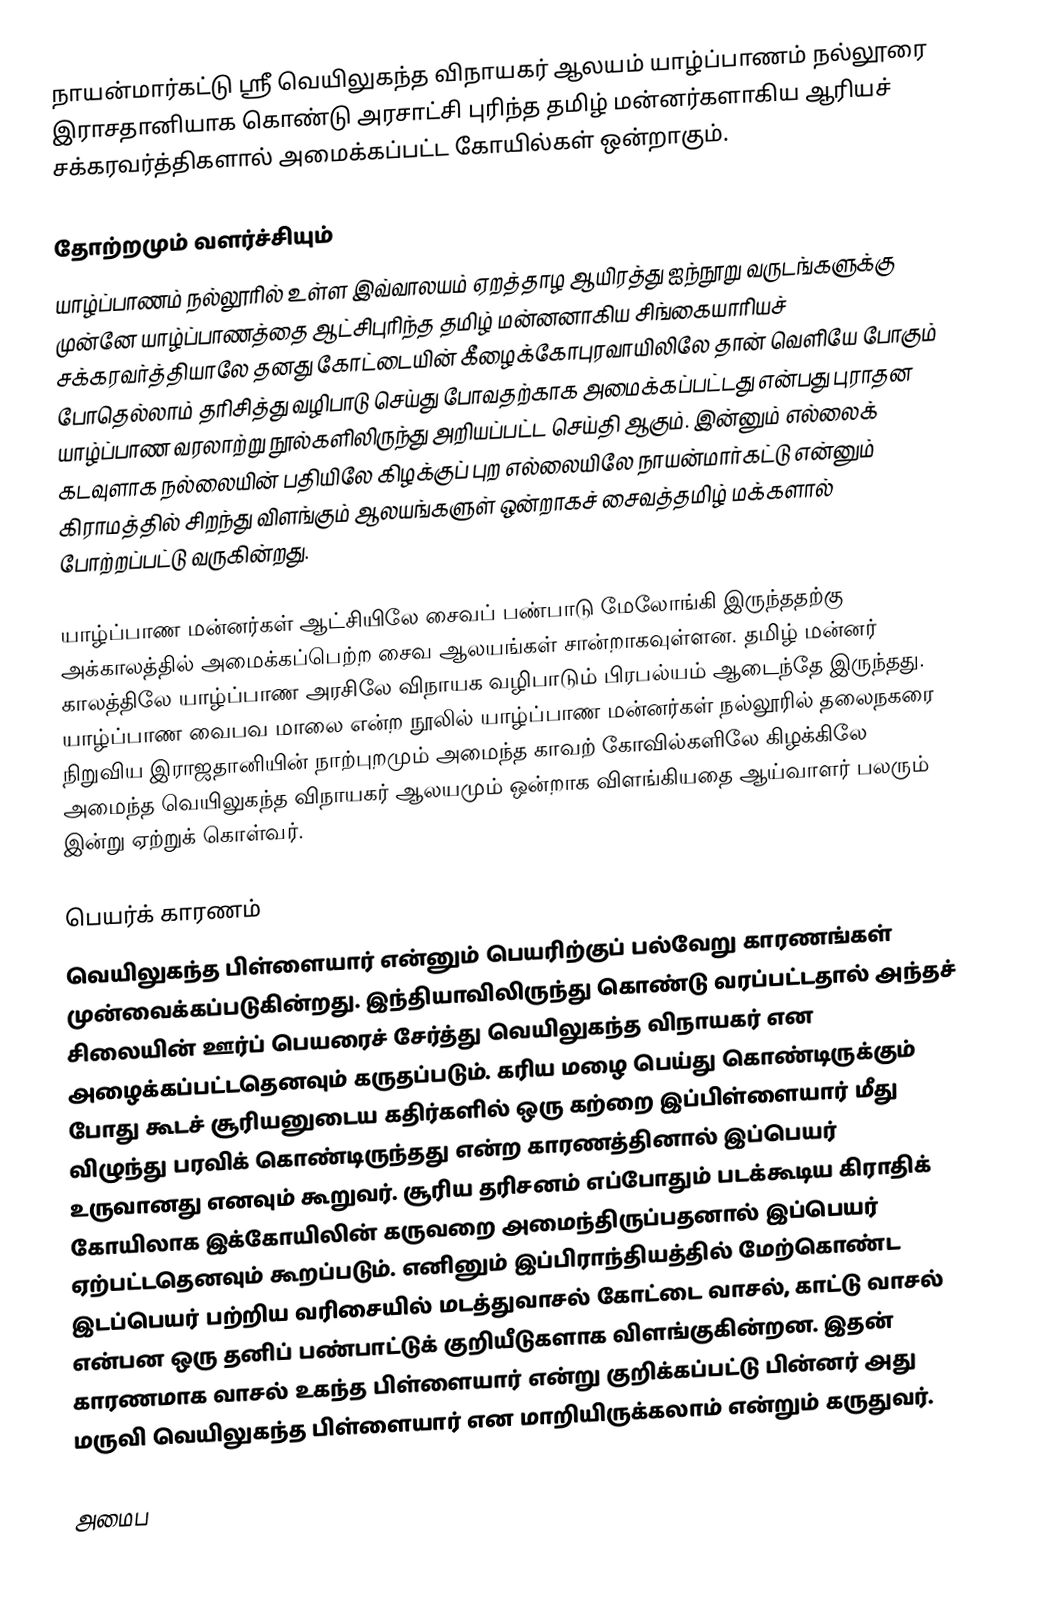
நாயன்மார்கட்டு ஸ்ரீ வெயிலுகந்த விநாயகர் ஆலயம் யாழ்ப்பாணம் நல்லூரை இராசதானியாக கொண்டு அரசாட்சி புரிந்த தமிழ் மன்னர்களாகிய ஆரியச் சக்கரவர்த்திகளால் அமைக்கப்பட்ட கோயில்கள் ஒன்றாகும்.

தோற்றமும் வளர்ச்சியும்
யாழ்ப்பாணம் நல்லூரில் உள்ள இவ்வாலயம் ஏறத்தாழ ஆயிரத்து ஐந்நூறு வருடங்களுக்கு முன்னே யாழ்ப்பாணத்தை ஆட்சிபுரிந்த தமிழ் மன்னனாகிய சிங்கையாரியச் சக்கரவர்த்தியாலே தனது கோட்டையின் கீழைக்கோபுரவாயிலிலே தான் வெளியே போகும் போதெல்லாம் தரிசித்து வழிபாடு செய்து போவதற்காக அமைக்கப்பட்டது என்பது புராதன யாழ்ப்பாண வரலாற்று நூல்களிலிருந்து அறியப்பட்ட செய்தி ஆகும். இன்னும் எல்லைக் கடவுளாக நல்லையின் பதியிலே கிழக்குப் புற எல்லையிலே நாயன்மார்கட்டு என்னும் கிராமத்தில் சிறந்து விளங்கும் ஆலயங்களுள் ஒன்றாகச் சைவத்தமிழ் மக்களால் போற்றப்பட்டு வருகின்றது.

யாழ்ப்பாண மன்னர்கள் ஆட்சியிலே சைவப் பண்பாடு மேலோங்கி இருந்ததற்கு அக்காலத்தில் அமைக்கப்பெற்ற சைவ ஆலயங்கள் சான்றாகவுள்ளன. தமிழ் மன்னர் காலத்திலே யாழ்ப்பாண அரசிலே விநாயக வழிபாடும் பிரபல்யம் ஆடைந்தே இருந்தது. யாழ்ப்பாண வைபவ மாலை என்ற நூலில் யாழ்ப்பாண மன்னர்கள் நல்லூரில் தலைநகரை நிறுவிய இராஜதானியின் நாற்புறமும் அமைந்த காவற் கோவில்களிலே கிழக்கிலே அமைந்த வெயிலுகந்த விநாயகர் ஆலயமும் ஒன்றாக விளங்கியதை ஆய்வாளர் பலரும் இன்று ஏற்றுக் கொள்வர்.

பெயர்க் காரணம்
வெயிலுகந்த பிள்ளையார் என்னும் பெயரிற்குப் பல்வேறு காரணங்கள் முன்வைக்கப்படுகின்றது. இந்தியாவிலிருந்து கொண்டு வரப்பட்டதால் அந்தச் சிலையின் ஊர்ப் பெயரைச் சேர்த்து வெயிலுகந்த விநாயகர் என அழைக்கப்பட்டதெனவும் கருதப்படும். கரிய மழை பெய்து கொண்டிருக்கும் போது கூடச் சூரியனுடைய கதிர்களில் ஒரு கற்றை இப்பிள்ளையார் மீது விழுந்து பரவிக் கொண்டிருந்தது என்ற காரணத்தினால் இப்பெயர் உருவானது எனவும் கூறுவர். சூரிய தரிசனம் எப்போதும் படக்கூடிய கிராதிக் கோயிலாக இக்கோயிலின் கருவறை அமைந்திருப்பதனால் இப்பெயர் ஏற்பட்டதெனவும் கூறப்படும். எனினும் இப்பிராந்தியத்தில் மேற்கொண்ட இடப்பெயர் பற்றிய வரிசையில் மடத்துவாசல் கோட்டை வாசல், காட்டு வாசல் என்பன ஒரு தனிப் பண்பாட்டுக் குறியீடுகளாக விளங்குகின்றன. இதன் காரணமாக வாசல் உகந்த பிள்ளையார் என்று குறிக்கப்பட்டு பின்னர் அது மருவி வெயிலுகந்த பிள்ளையார் என மாறியிருக்கலாம் என்றும் கருதுவர்.

அமைப